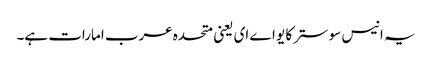
یہ انیس سو سترکا یو اے ای یعنی متحدہ عرب امارات ہے۔